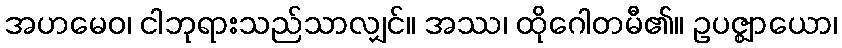
အဟမေဝ၊ ငါဘုရားသည်သာလျှင်။ အဿ၊ ထိုဂေါတမီ၏။ ဥပဇ္ဈာယော၊